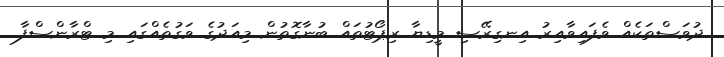
ދުވަސްތަކެއް ވެފައިވާއިރު އިނގިރޭސި މީޑިޔާ ރިޕޯޓުތައް ބުނާގޮތުން މިއަދުގެ ވަގުތެއްގައި މި ޓްރާންސްފާ